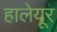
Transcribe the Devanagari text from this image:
हालेयूर